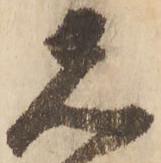
先